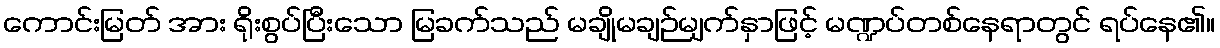
ကောင်းမြတ် အား ရိုးစွပ်ပြီးသော မြခက်သည် မချိုမချဉ်မျက်နှာဖြင့် မဏ္ဍပ်တစ်နေရာတွင် ရပ်နေ၏။